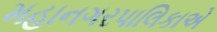
મહાનગરપાલિકાએ